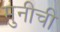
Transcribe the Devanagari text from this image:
मुनीची